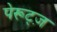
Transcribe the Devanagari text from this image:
पेरूट्ज़